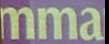
mma